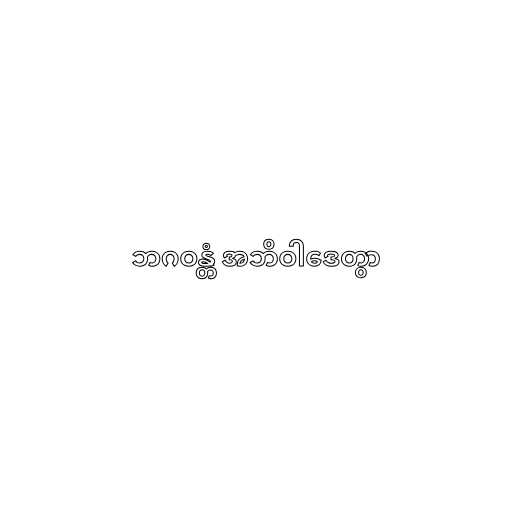
ဘဂဝန္တံ အဘိဝါဒေတွာ